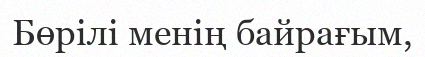
Бөрілі менің байрағым,